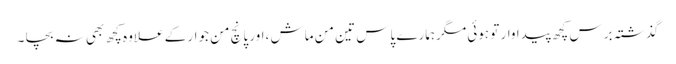
گذشتہ برس کچھ پیداوار تو ہوئی مگرہمارے پاس تین من ماش ،اور پانچ من جوار کے علاوہ کچھ بھی نہ بچا ۔